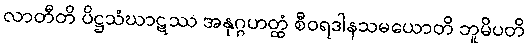
လာတီတိ ပိဋ္ဌသံဃာဋဿ အနုဂ္ဂဟတ္ထံ စီဝရဒါနသမယောတိ ဘူမိပတိ